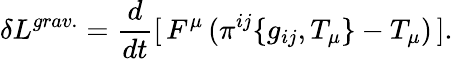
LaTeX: \delta L^{grav.}=\frac{d}{dt}[\, F^{\mu}\, (\pi^{ij}\{ g_{ij},T_{\mu}\} -T_{\mu})\, ].